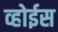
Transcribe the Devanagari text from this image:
व्होईस